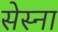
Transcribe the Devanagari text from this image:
सेस्ना